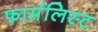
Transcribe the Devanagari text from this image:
फार्मलिस्ट